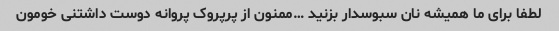
لطفا برای ما همیشه نان سبوسدار بزنید …ممنون از پرپروک پروانه دوست داشتنی خومون